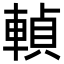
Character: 䡠